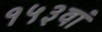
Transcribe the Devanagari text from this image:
१५३वां